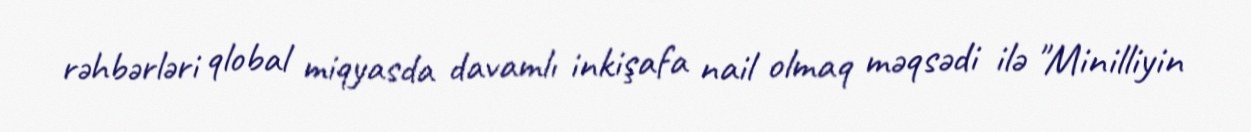
rəhbərləri qlobal miqyasda davamlı inkişafa nail olmaq məqsədi ilə "Minilliyin